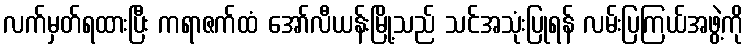
လက်မှတ်ရထားပြီး ကရာဇက်ထံ အော်လီယန်းမြို့သည် သင်အသုံးပြုရန် လမ်းပြကြယ်အဖွဲ့ကို